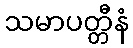
သမာပတ္တီနံ